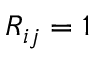
R _ { i j } = 1